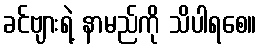
ခင်ဗျားရဲ့ နာမည်ကို သိပါရစေ။